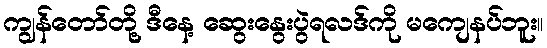
ကျွန်တော်တို့ ဒီနေ့ ဆွေးနွေးပွဲရလဒ်ကို မကျေနပ်ဘူး။